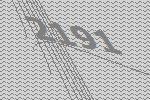
2191